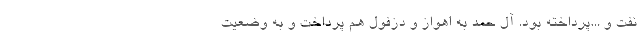
نفت و ...پرداخته بود. آل حمد به اهواز و دزفول هم پرداخت و به وضعیت